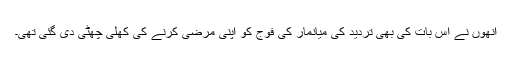
انھوں نے اس بات کی بھی تردید کی میانمار کی فوج کو اپنی مرضی کرنے کی کھلی چھٹی دی گئی تھی۔